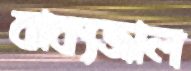
বাক্যজাল